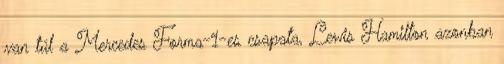
van túl a Mercedes Forma-1-es csapata, Lewis Hamilton azonban